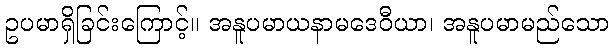
ဥပမာရှိခြင်းကြောင့်။ အနူပမာယနာမဒေဝီယာ၊ အနူပမာမည်သော